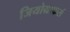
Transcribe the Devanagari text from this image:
जियोग्राफर्स